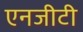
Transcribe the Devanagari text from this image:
एनजीटी